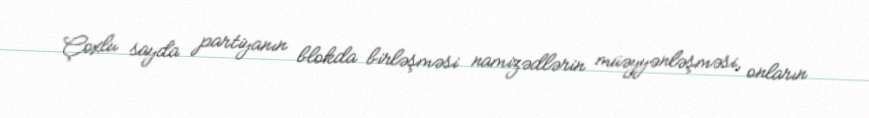
Çoxlu sayda partiyanın blokda birləşməsi namizədlərin müəyyənləşməsi, onların